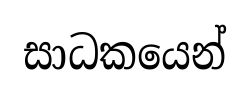
සාධකයෙන්